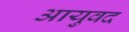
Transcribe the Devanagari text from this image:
आयुवद